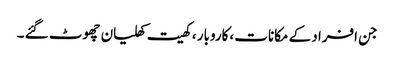
جن افراد کے مکانات ،کاروبار ، کھیت کھلیان چھوٹ گئے ۔